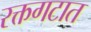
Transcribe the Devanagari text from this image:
रक्तगटात